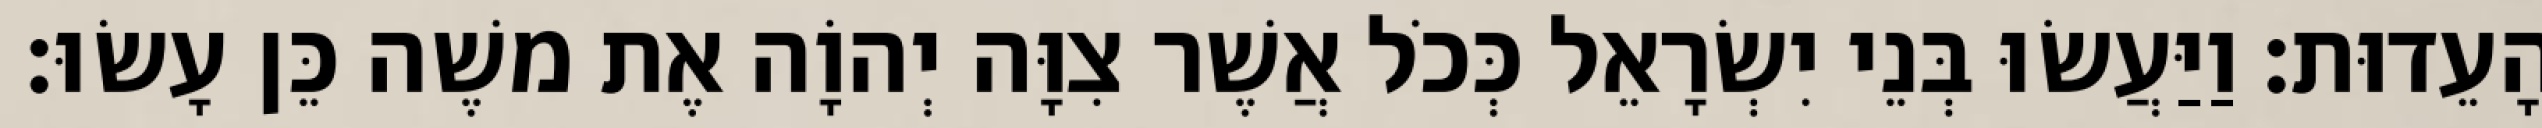
הָעֵדוּת׃ וַיַּעֲשׂוּ בְּנֵי יִשְׂרָאֵל כְּכֹל אֲשֶׁר צִוָּה יְהוָֹה אֶת משֶׁה כֵּן עָשׂוּ׃